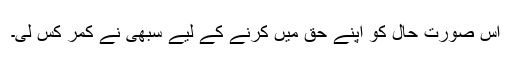
اس صورت حال کو اپنے حق میں کرنے کے لیے سبھی نے کمر کس لی۔